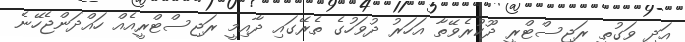
އަދި ވަގުތީ ރަޖިސްޓްރީ ދޫކުރެވޭތާ އަހަރު ދުވަހުގެ ތެރޭގައި ދާއިމީ ރަޖިސްޓްރީއެއް ހައްދަންޖެހޭނެ